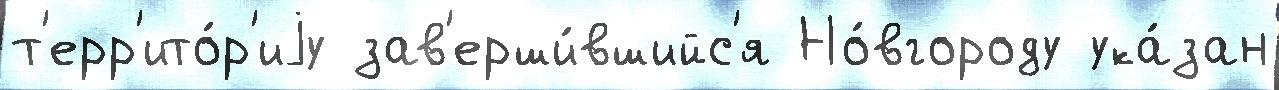
т'ерр'ито́р'иjу зав'ерши́вшийс'я Но́вгороду ука́зан